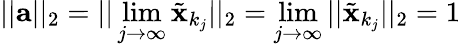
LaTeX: ||{\textbf{a}}||_{2}=||\operatorname*{lim}_{j\to\infty}{\tilde{\textbf{x}}}_{k_{j}}||_{2}=\operatorname*{lim}_{j\to\infty}||{\tilde{\textbf{x}}}_{k_{j}}||_{2}=1